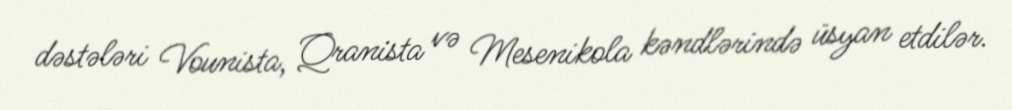
dəstələri Vounista, Qranista və Mesenikola kəndlərində üsyan etdilər.